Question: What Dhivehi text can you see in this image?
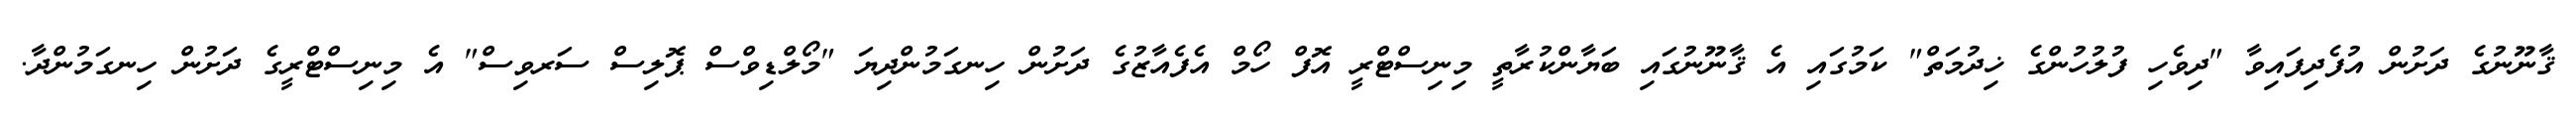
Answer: ޤާނޫނުގެ ދަށުން އުފެދިފައިވާ "ދިވެހި ފުލުހުންގެ ޚިދުމަތް" ކަމުގައި އެ ޤާނޫނުގައި ބަޔާންކުރާތީ މިނިސްޓްރީ އޮފް ހޯމް އެފެއާޒުގެ ދަށުން ހިނގަމުންދިޔަ "މޯލްޑިވްސް ޕޮލިސް ސަރވިސް" އެ މިނިސްޓްރީގެ ދަށުން ހިނގަމުންދާ.